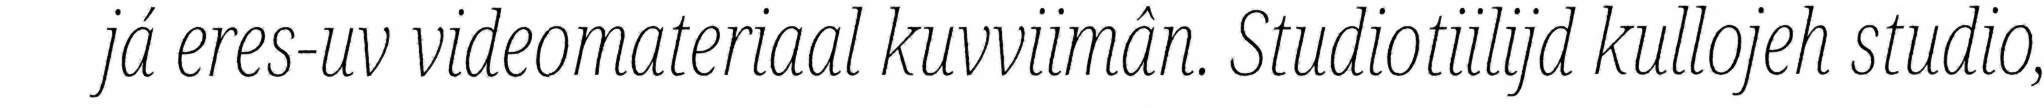
já eres-uv videomateriaal kuvviimân. Studiotiilijd kullojeh studio,